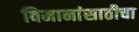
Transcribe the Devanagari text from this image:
विमानांसाठीचा